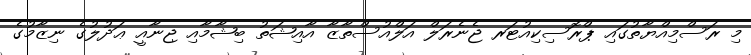
މި ރަސްމިއްޔާތުގައި ޕްރޮސިކިއުޓަރ ޖެނެރަލް އަލްއުސްތާޒާ އާއިޝަތު ބިޝާމާއި ޖިނާއީ ޢަދުލުގެ ނިޒާމުގެ